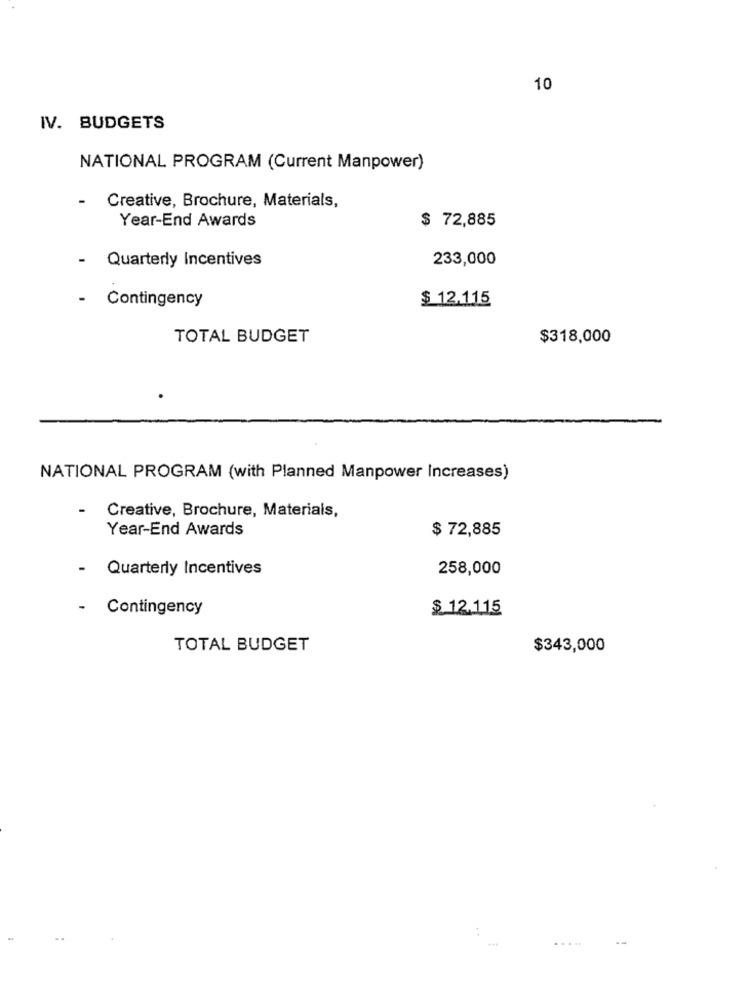
10
IV. BUDGETS
NATIONAL PROGRAM (Current Manpower)
-
Creative, Brochure, Materials,
Year-End Awards
$ 72,885
- Quarterly Incentives
233,000
- Contingency
$ 12.115
TOTAL BUDGET
$318,000
NATIONAL PROGRAM (with Planned Manpower Increases)
-
Creative, Brochure, Materials,
Year-End Awards
$ 72,885
Quarterly Incentives
258,000
· Contingency
$ 12.115
TOTAL BUDGET
$343,000